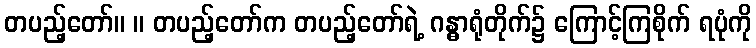
တပည့်တော်။ ။ တပည့်တော်က တပည့်တော်ရဲ့ ဂန္ဓာရုံတိုက်၌ ကြောင့်ကြစိုက် ရပုံကို